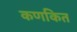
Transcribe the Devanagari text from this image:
कणकित